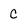
Character: C